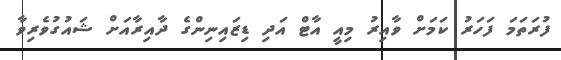
ފުރަތަމަ ފަހަރު ކަމަށް ވާއިރު މިއީ އާޓް އަދި ޑިޒައިނިންގެ ދާއިރާއަށް ޝައުގުވެރިވާ